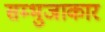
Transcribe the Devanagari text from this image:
सम्भुजाकार